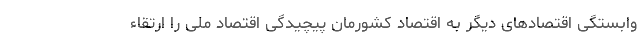
وابستگی اقتصادهای دیگر به اقتصاد کشورمان پیچیدگی اقتصاد ملی را ارتقاء